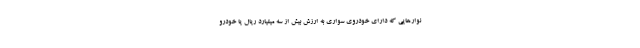
نوارهایی که دارای خودروی سواری به ارزش بیش از سه میلیارد ریال یا خودرو